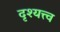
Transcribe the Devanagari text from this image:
दृश्‍यत्त्व